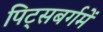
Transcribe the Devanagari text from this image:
पिट्सबर्गमें